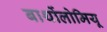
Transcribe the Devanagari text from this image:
बार्थोलोमियू